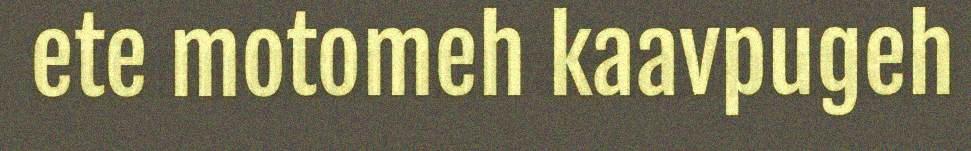
ete motomeh kaavpugeh